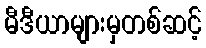
မီဒီယာများမှတစ်ဆင့်